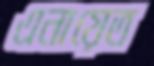
এনায়েত